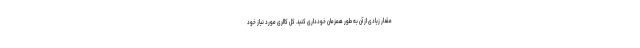
مقدار زیادی از آن به طور همزمان خودداری کنید. کل کالری مورد نیاز خود